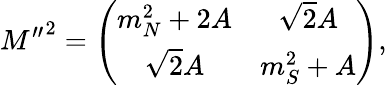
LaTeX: {M^{\prime\prime}}^{2}=\left(\begin{array}{cc}{{m_{N}^{2}+2A}}&{{\sqrt{2}A}}\\ {{\sqrt{2}A}}&{{m_{S}^{2}+A}}\end{array}\right),